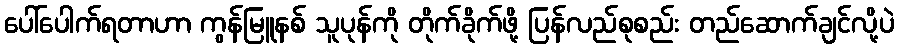
ပေါ်ပေါက်ရတာဟာ ကွန်မြူနစ် သူပုန်ကို တိုက်ခိုက်ဖို့ ပြန်လည်စုစည်း တည်ဆောက်ချင်လို့ပဲ